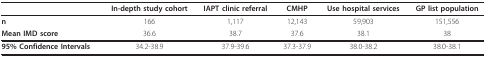
|  | In-depth study cohort | IAPT clinic referral | CMHP | Use hospital services | GP list population |
 | --- | --- | --- | --- | --- | --- |
 | n | 166 | 1,117 | 12,143 | 59,903 | 151,556 |
 | Mean IMD score | 36.6 | 38.7 | 37.6 | 38.1 | 38 |
 | 95% Confidence Intervals | 34.2-38.9 | 37.9-39.6 | 37.3-37.9 | 38.0-38.2 | 38.0-38.1 |